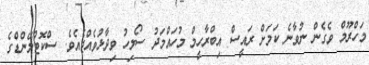
މަހްރޫމް ވެގެން ނުވާނެ ކަމަށް ރައީސް އިބްރާހީމް މުހައްމަދު ސޯލިހު ވިދާޅުވެއްޖެއެވެ. ސްކޮޓްލޭންޑްގެ